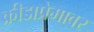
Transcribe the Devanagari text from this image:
क्रीडाप्रेमावर